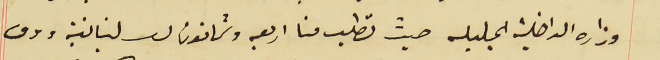
وزاره الداخلية الجليله حيث تطلب منا اربعه وثمانون لىر لبنانية ورق